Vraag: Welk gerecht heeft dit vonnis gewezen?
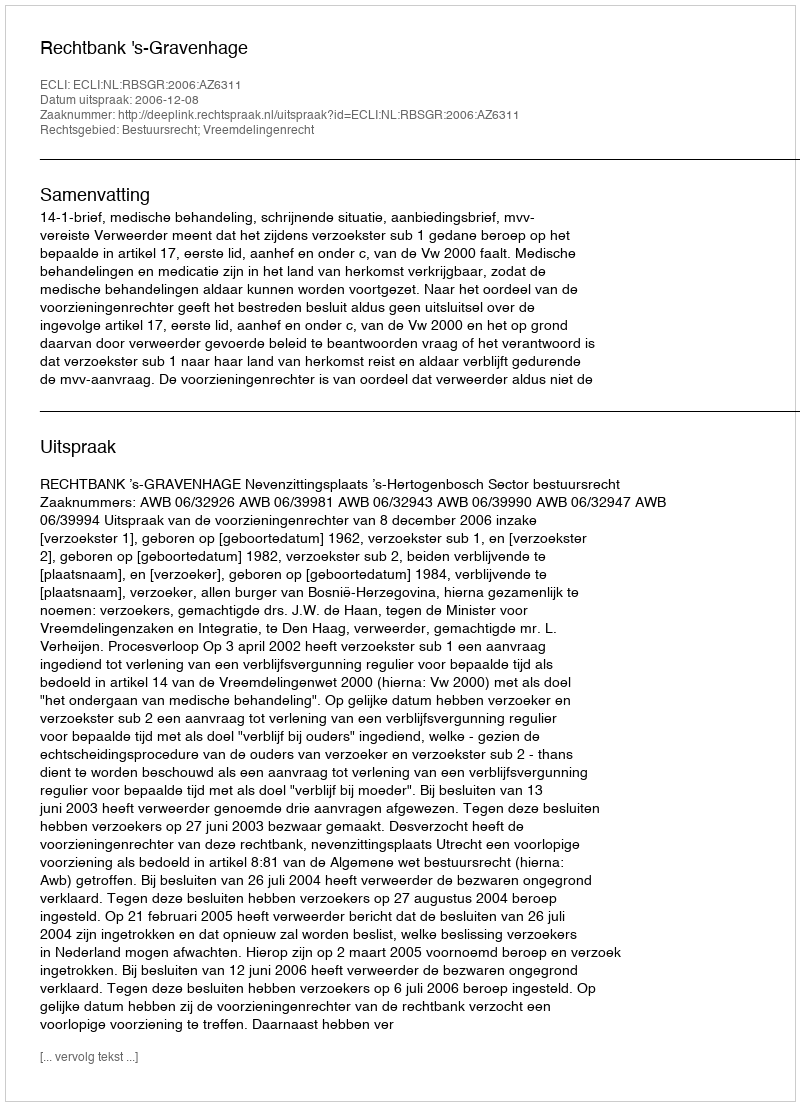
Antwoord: Rechtbank 's-Gravenhage